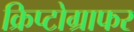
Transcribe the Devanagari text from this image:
क्रिप्टोग्राफर